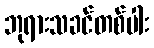
ဘုရားသခင်တစ်ပါး